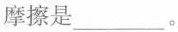
摩擦是___。